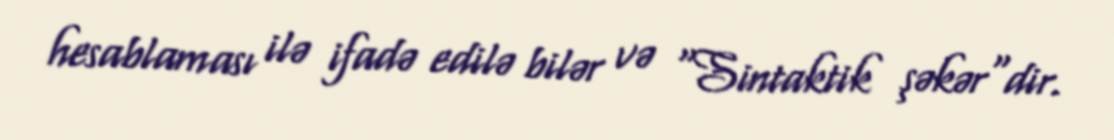
hesablaması ilə ifadə edilə bilər və "Sintaktik şəkər"dir.